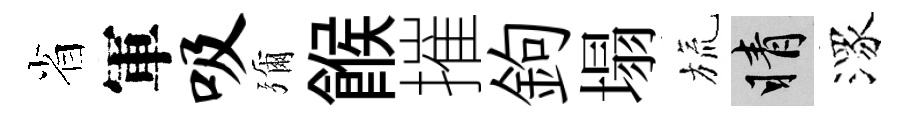
省軍吸彌餱摧鉤塌旒睛潈